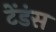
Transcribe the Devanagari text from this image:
टेंडंस